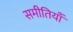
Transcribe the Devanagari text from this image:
समीतियाँ